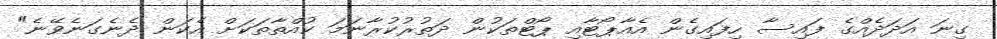
ގިނަ އަދަދެއްގެ ފައިސާ ހިފައިގެން އެއާޕޯޓާއި ޕޯޓްތަކުން ދަތުރުކުރާނަމަ ކުއްތާތަކަށް އެކަން ދެނެގަނެވޭނެ"